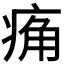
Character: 𰣮